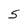
Character: 5